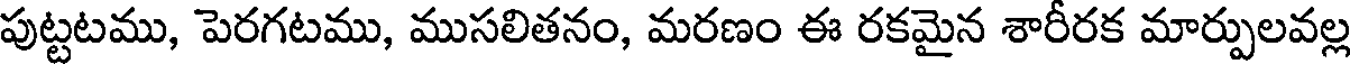
పుట్టటము, పెరగటము, ముసలితనం, మరణం ఈ రకమైన శారీరక మార్పులవల్ల